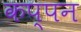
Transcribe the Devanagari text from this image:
कप्पन